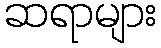
ဆရာများ